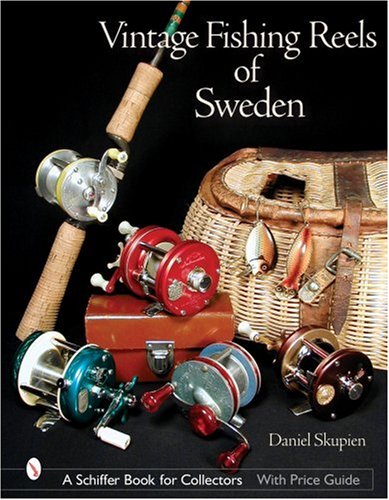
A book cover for Vintage Fishing Reels of Sweden (Schiffer Book for Collectors); Dan Skupien; Crafts, Hobbies & Home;